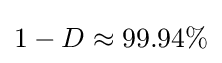
1-D\approx 99.94\%